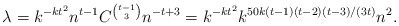
\begin{align*} \lambda= k^{-kt^2} n^{t-1} C^{\binom{t-1}{3}} n^{-t+3}= k^{-kt^2} k^{50k(t-1)(t-2)(t-3)/(3t)} n^2. \end{align*}